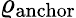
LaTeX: \varrho_{\mathrm{anchor}}